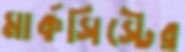
মার্কসিস্টের